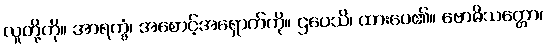
လူတို့ကို။ အာရက္ခံ၊ အစောင့်အရှောက်ကို။ ဌပေသိ၊ ထားပေ၏။ ဗောဓိသတ္တော၊